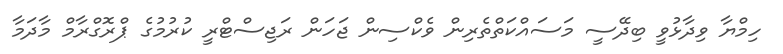
ހިމްޔާ ވިދާޅުވީ ބިދޭސީ މަސައްކަތްތެރިން ވެކްސިން ޖަހަން ރަޖިސްޓްރީ ކުރުމުގެ ޕްރޮގްރާމް މާދަމާ